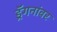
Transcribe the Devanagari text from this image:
ड्रॅगनांवर